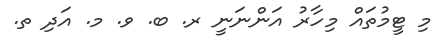
މި ޓީމުތައް މިހާރު އަންނަނީ ރ. ބ. ވ. މ. އަދި ތ.